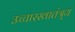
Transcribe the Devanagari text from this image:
उच्चारस्वातंत्र्य